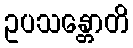
ဥပသန္တောတိ